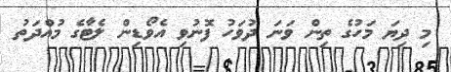
މި ދިޔަ މަހުގެ ތިން ވަނަ ދުވަހު ފޮނުވި އެވޯޑިން ލެޓާގެ މުއްދަތު